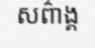
សព៌ាង្គ